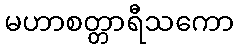
မဟာစတ္တာရီသကော